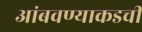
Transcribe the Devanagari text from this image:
आंबवण्याकडची